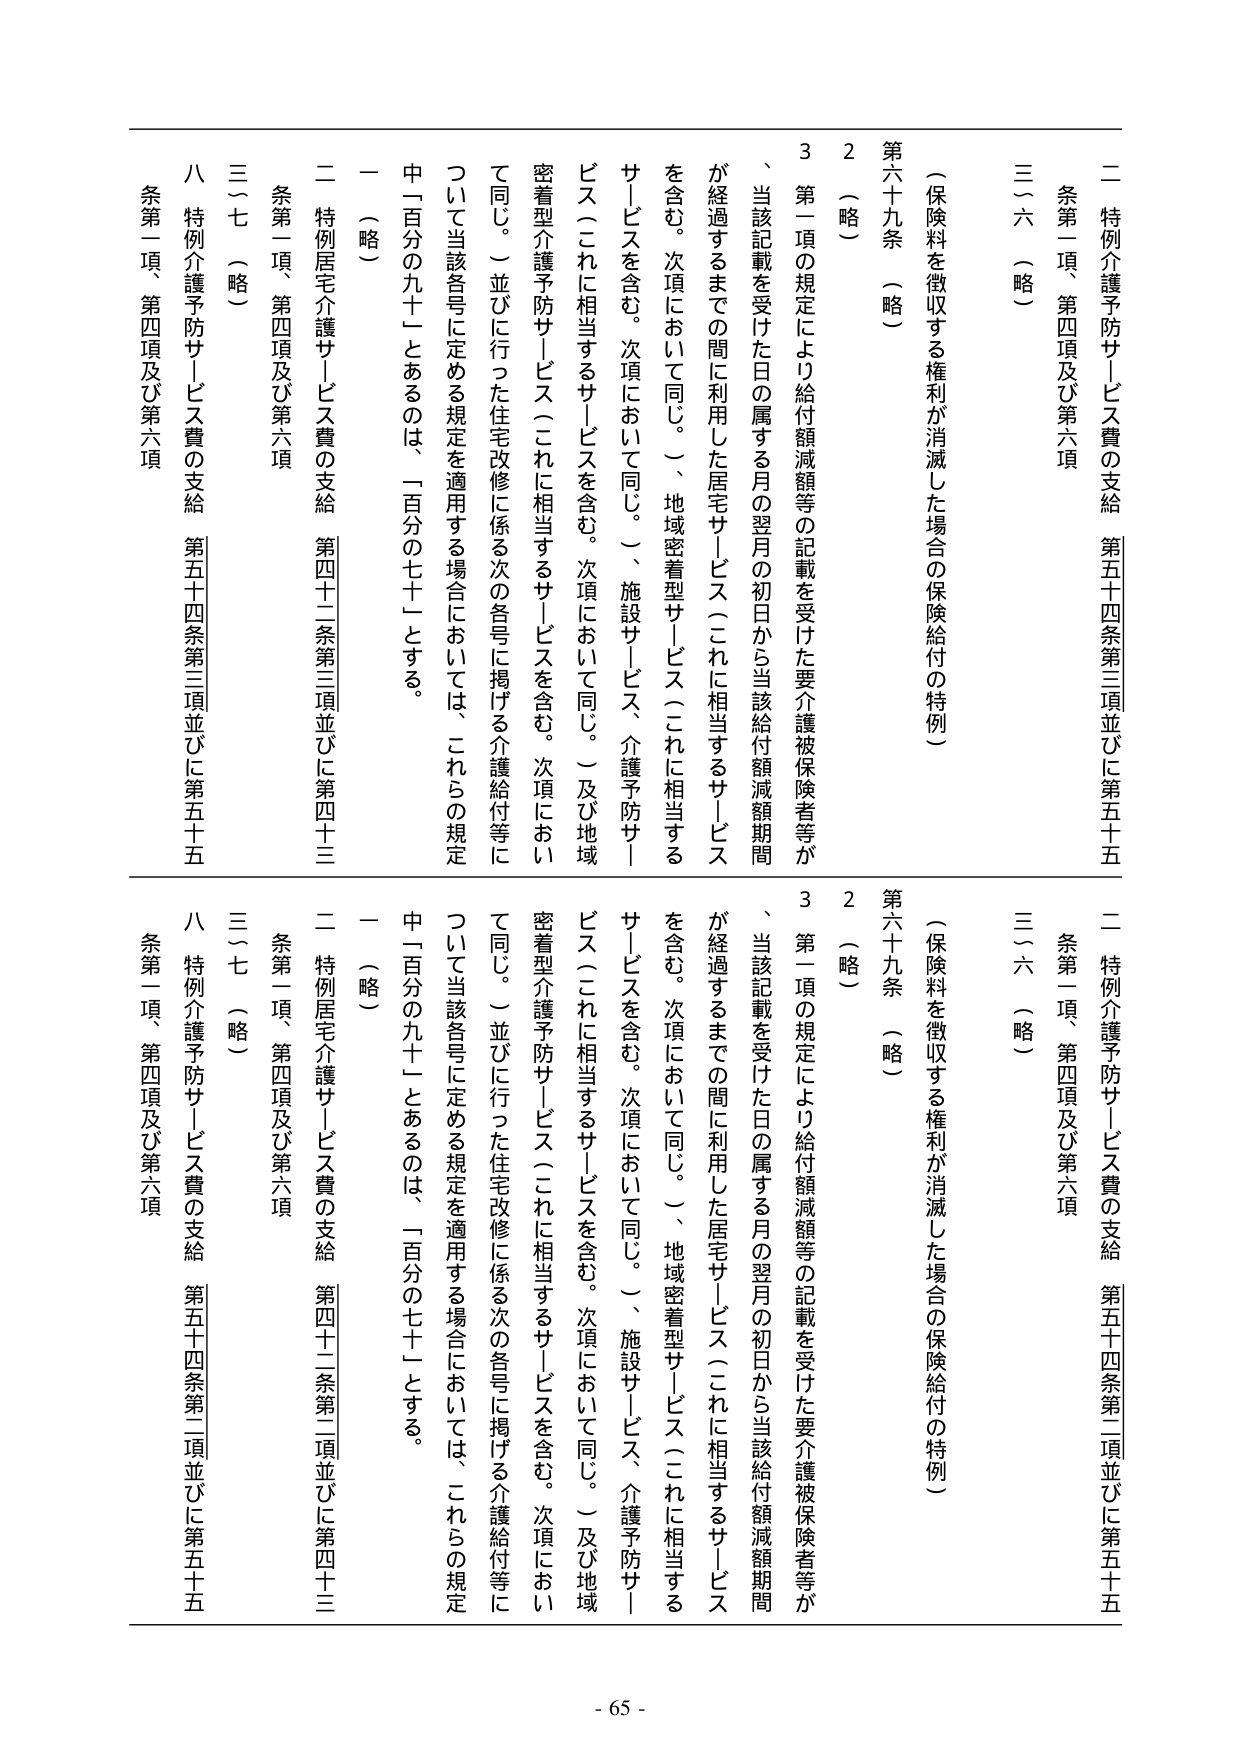
二 特例介護予防サービス費の支給 第五十四条第三項並びに第五十五条第一項、第四項及び第六項
三（六）（略）
（保険料を徴収する権利が消滅した場合の保険給付の特例）
第六十九条 （略）
２ （略）
３ 第一項の規定により給付額減額等の記載を受けた要介護被保険者等が、当該記載を受けた日の属する月の翌月の初日から当該給付額減額期間が経過するまでの間を利用した居宅サービス（これに相当するサービスを含む。次項において同じ。）、地域密着型サービス（これに相当するサービスを含む。次項において同じ。）、施設サービス、介護予防サービス（これに相当するサービスを含む。次項において同じ。）及び地域密着型介護予防サービス（これに相当するサービスを含む。次項において同じ。）並びに行った住宅改修に係る次の各号に掲げる介護給付等について当該各号に定める規定を適用する場合においては、これらの規定中「百分の九十」とあるのは、「百分の七十」とする。
一 （略）
二 特例居宅介護サービス費の支給 第四十二条第三項並びに第四十三条第一項、第四項及び第六項
三（七）（略）
八 特例介護予防サービス費の支給 第五十四条第三項並びに第五十五条第一項、第四項及び第六項

二 特例介護予防サービス費の支給 第五十四条第二項並びに第五十五条第一項、第四項及び第六項
三（六）（略）
（保険料を徴収する権利が消滅した場合の保険給付の特例）
第六十九条 （略）
２ （略）
３ 第一項の規定により給付額減額等の記載を受けた要介護被保険者等が、当該記載を受けた日の属する月の翌月の初日から当該給付額減額期間が経過するまでの間を利用した居宅サービス（これに相当するサービスを含む。次項において同じ。）、地域密着型サービス（これに相当するサービスを含む。次項において同じ。）、施設サービス、介護予防サービス（これに相当するサービスを含む。次項において同じ。）及び地域密着型介護予防サービス（これに相当するサービスを含む。次項において同じ。）並びに行った住宅改修に係る次の各号に掲げる介護給付等について当該各号に定める規定を適用する場合においては、これらの規定中「百分の九十」とあるのは、「百分の七十」とする。
一 （略）
二 特例居宅介護サービス費の支給 第四十二条第二項並びに第四十三条第一項、第四項及び第六項
三（七）（略）
八 特例介護予防サービス費の支給 第五十四条第二項並びに第五十五条第一項、第四項及び第六項

- 65 -